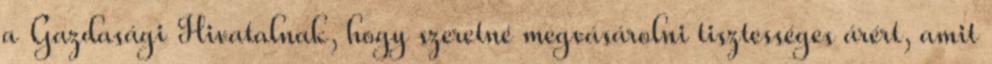
a Gazdasági Hivatalnak, hogy szeretné megvásárolni tisztességes árért, amit